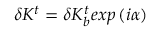
\delta K ^ { t } = \delta K _ { b } ^ { t } e x p \left( i \alpha \right)